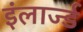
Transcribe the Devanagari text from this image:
इंलार्ज्ड